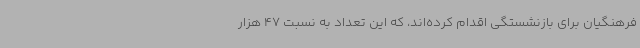
فرهنگیان برای بازنشستگی اقدام کرده‌اند، که این تعداد به نسبت 47 هزار